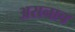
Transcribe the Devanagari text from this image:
असनाच